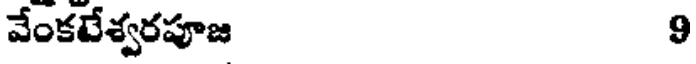
వేంకటేశ్వరపూజ 9